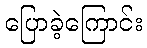
ပြောခဲ့ကြောင်း